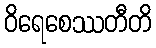
ဝိရေစေဿတီတိ